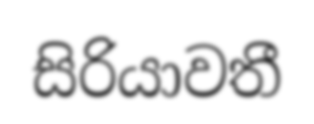
සිරියාවතී